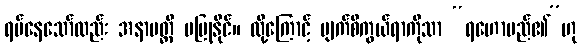
ရပ်နေသော်လည်း အနာပတ္တိ မပြုနိုင်။ ထို့ကြောင့် မျက်စိကွယ်ရာကိုသာ “ရဟောမည်၏”ဟု